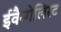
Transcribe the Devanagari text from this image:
ईवैन्गेलिस्ट